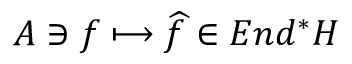
{ \cal A } \ni f \longmapsto \widehat { f } \in E n d ^ { * } { \cal H }